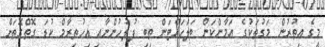
މީގެ އިތުރުން މަގުތަކުގެ އަމާންކަން ބަލަހައްޓަން ތިބި ފުލުހުންނާއި އިހުތިރާމް ކުޑަ ގޮތްގޮތަށް